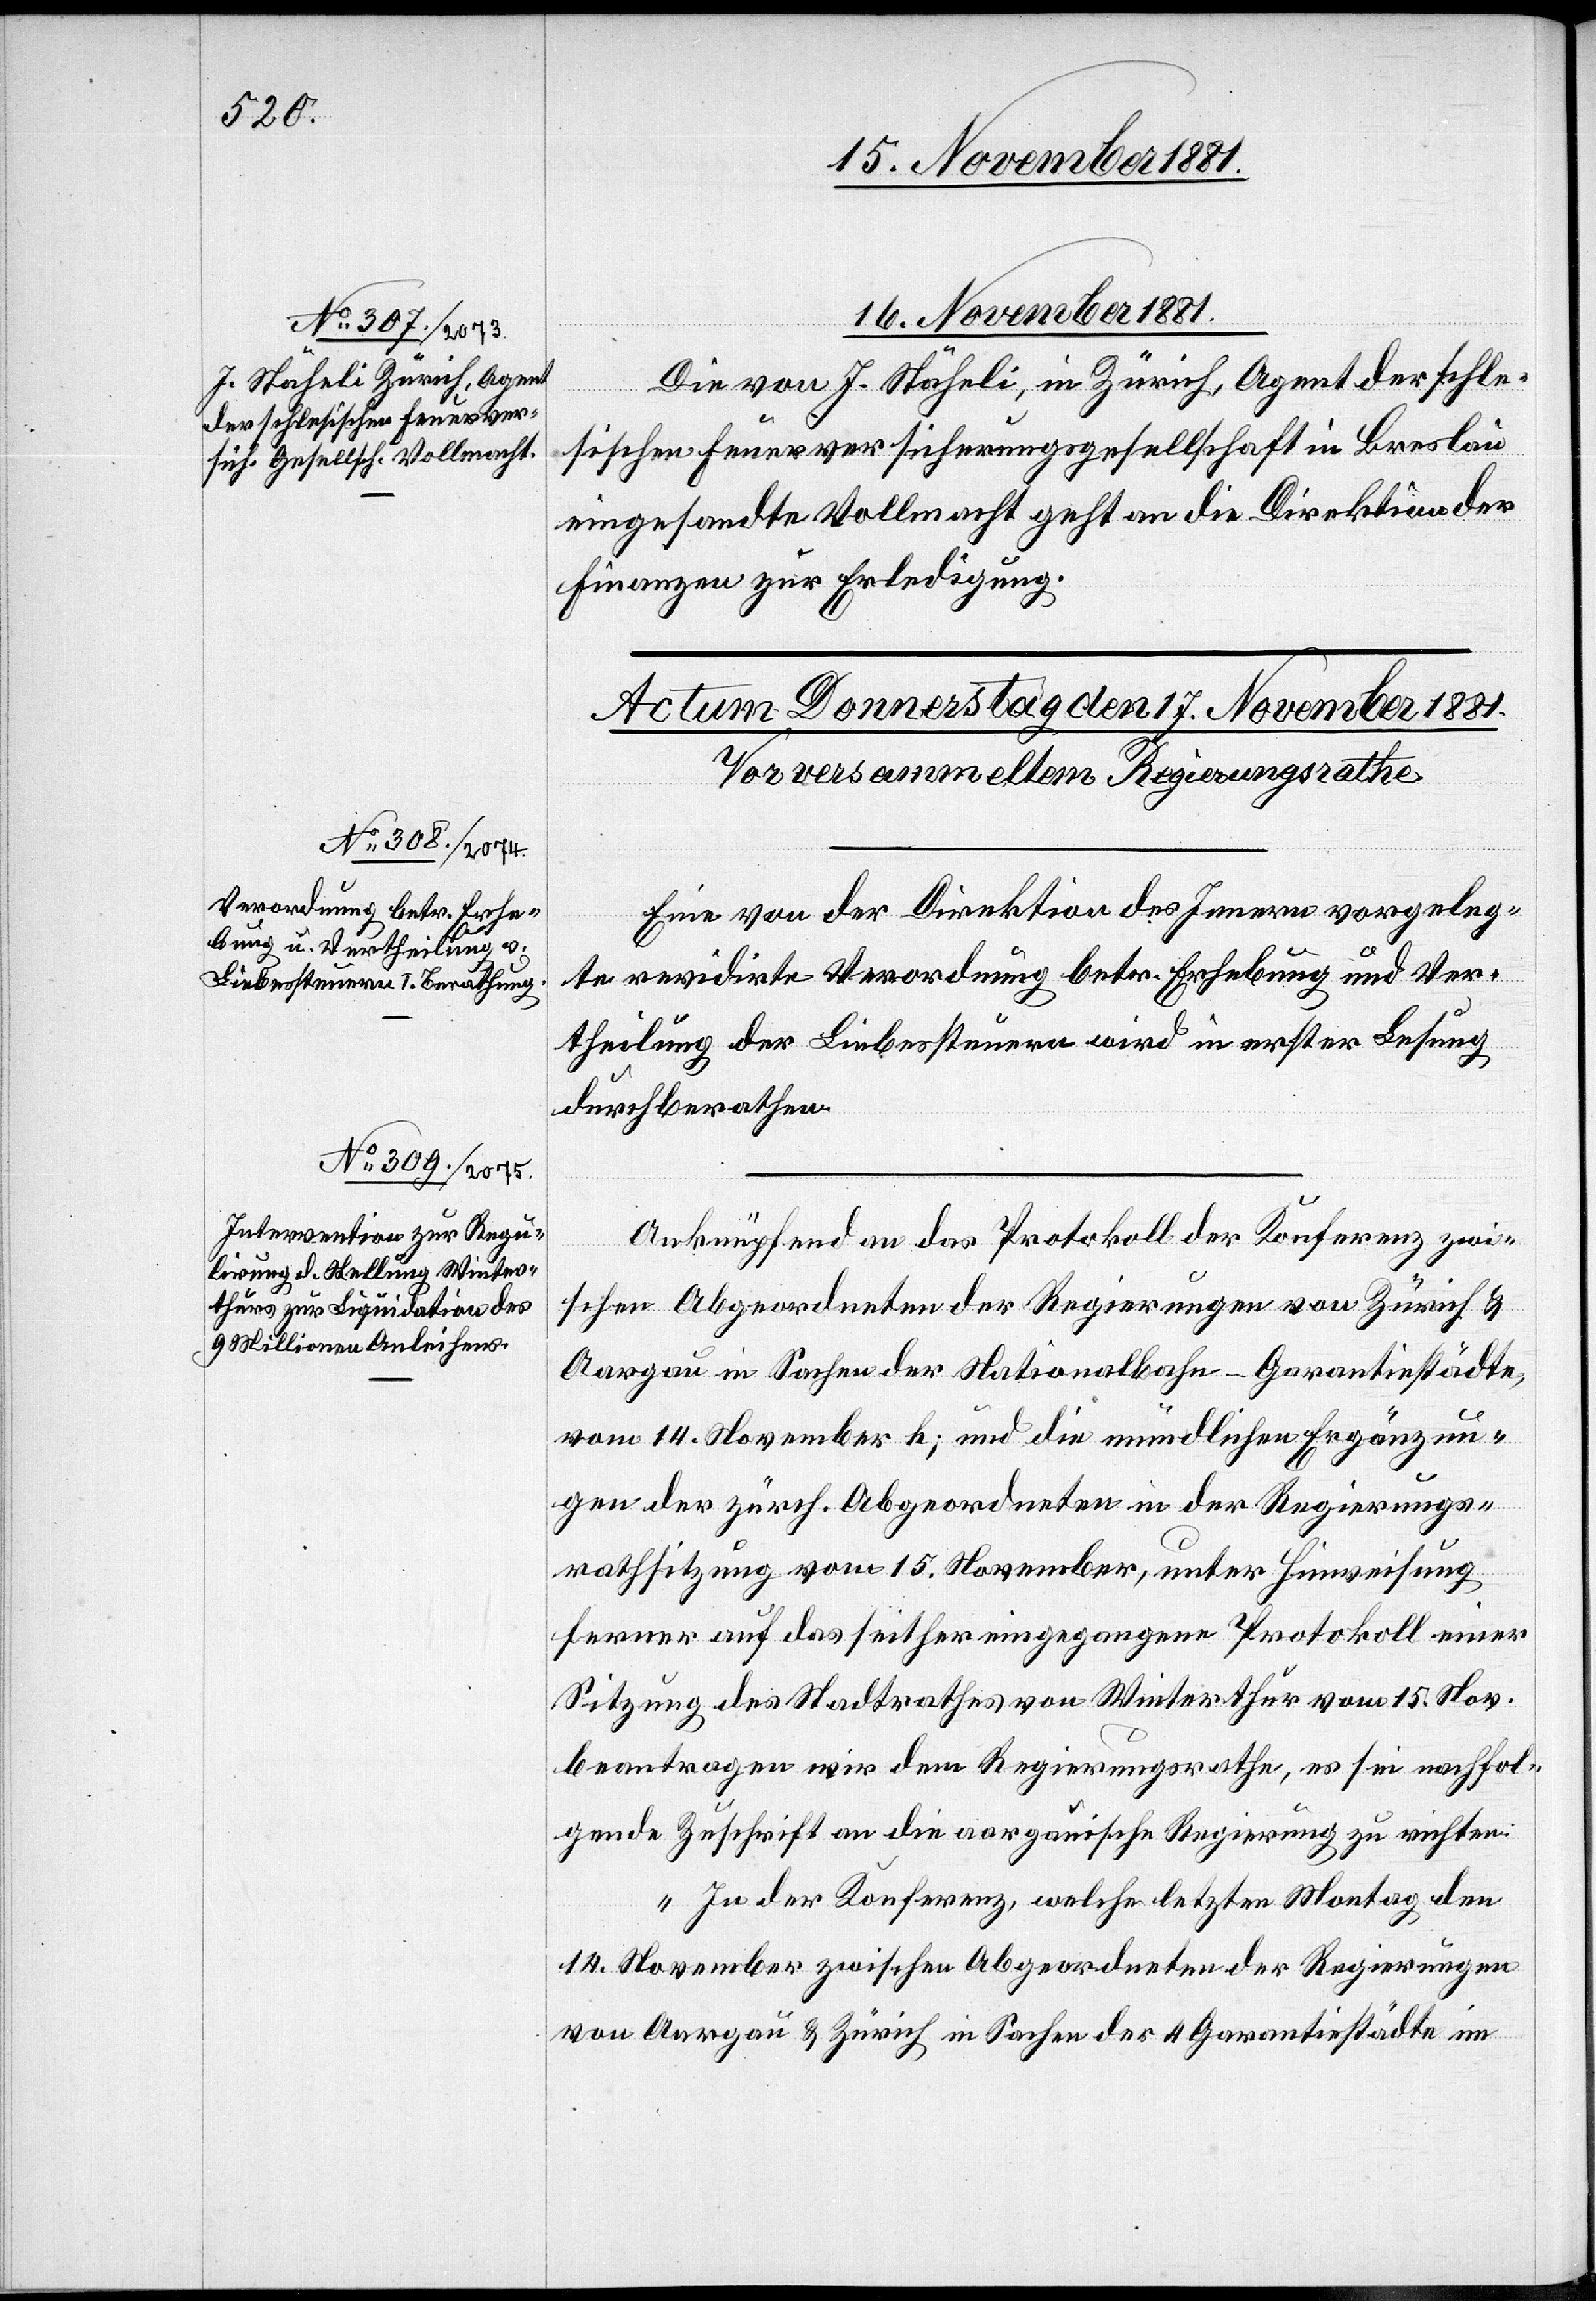
schle¬
16. November 1881.
sischen Feuerversicherungsgesellschaft in Breslau
eingesandte Vollmacht geht an die Direktion der
Finanzen zur Erledigung.
Eine von der Direktion des Innern vorgeleg¬
te revidirte Verordnung betr. Erhebung und Ver¬
theilung der Liebessteuern wird in erster Lesung
durchberathen.
Anknüpfend an das Protokoll der Konferenz zwi¬
schen Abgeordneten der Regierungen von Zürich &
Aargau in Sachen der Nationalbahn-Garantiestädte,
vom 14. November h: und die mündlichen Ergänzun¬
gen der zürch. Abgeordneten in der Regierungs¬
rathsitzung vom 15. November, unter Hinweisung
ferner auf das seither eingegangene Protokoll einer
Sitzung des Stadtrathes von Winterthur vom 15. Nov.
beantragen wir dem Regierungsrathe, es sei nachfol¬
gende Zuschrift an die aargauische Regierung zu richten:
In der Konferenz, welche letzten Montag den
14. November zwischen Abgeordneten der Regierungen
von Aargau & Zürich in Sachen der 4 Garantiestädte im